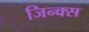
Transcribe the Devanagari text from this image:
जिन्क्स